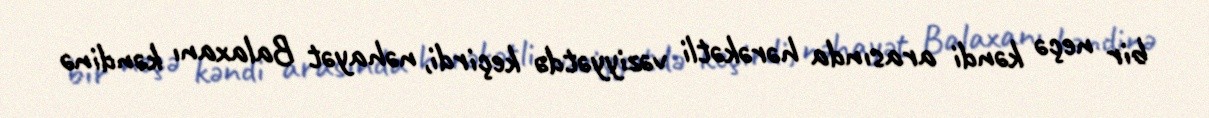
bir neçə kəndi arasında hərəkətli vəziyyətdə keçirdi, nəhayət Balaxanı kəndinə